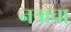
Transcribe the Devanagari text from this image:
नत्राचा